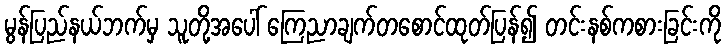
မွန်ပြည်နယ်ဘက်မှ သူတို့အပေါ် ကြေညာချက်တစောင်ထုတ်ပြန်၍ တင်းနစ်ကစားခြင်းကို